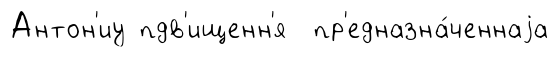
Антон'иу пдв'ищенн'я пр'едназна́ченнаjа